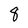
Character: 8